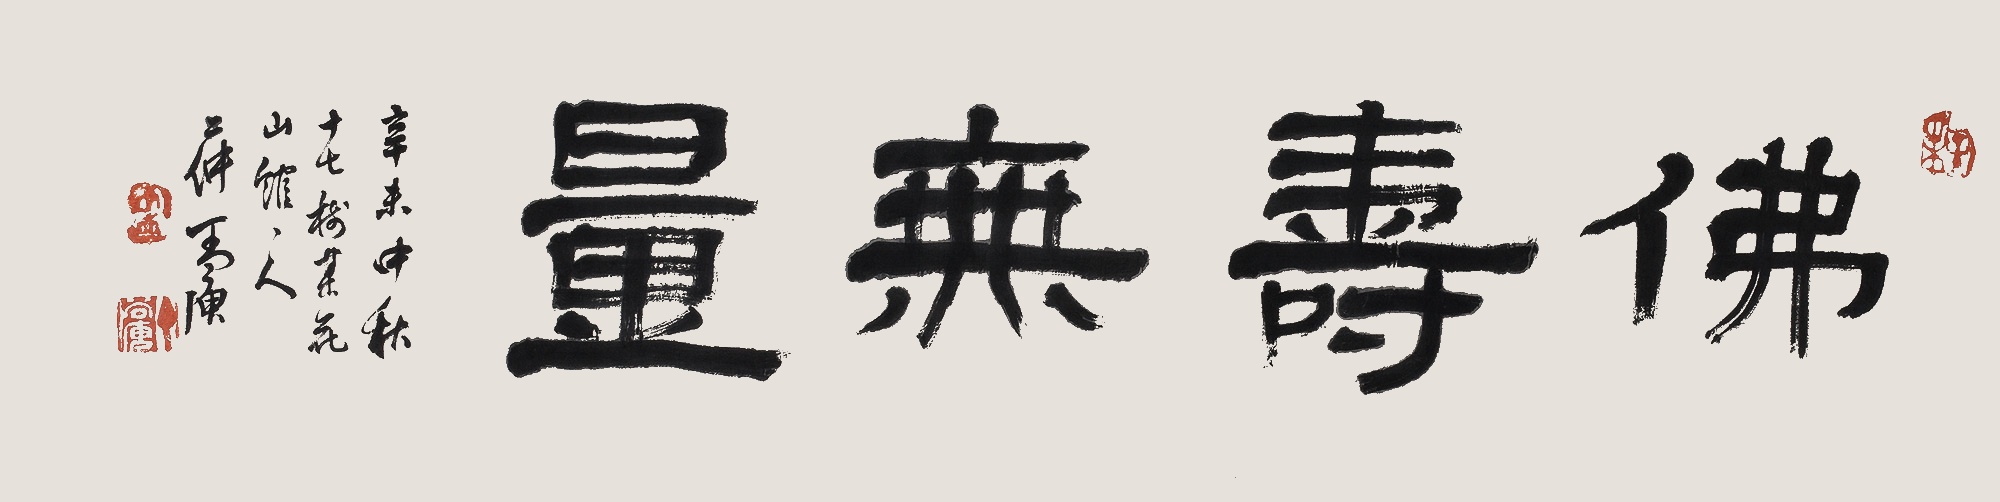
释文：佛寿无量辛未仲秋，十七树梅花山馆主人，二仲丁尚庾。